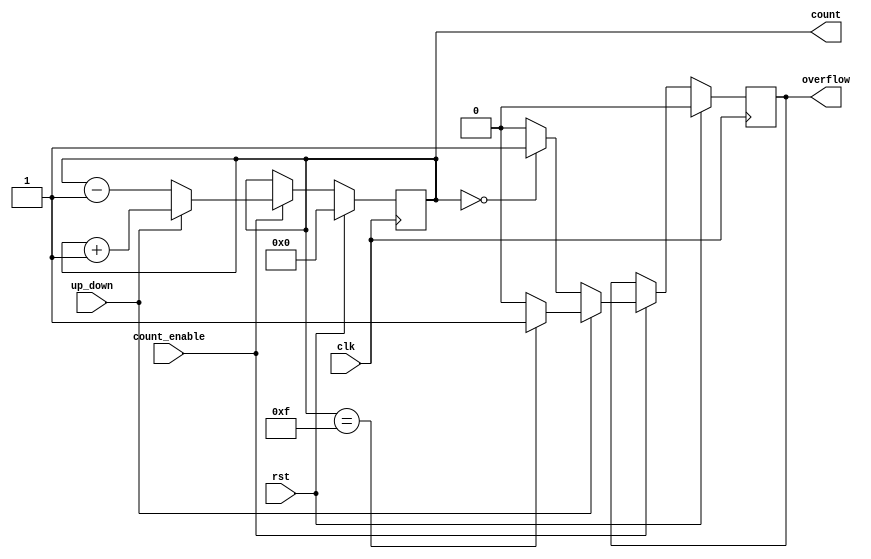
module cascaded_counter #(
    parameter WIDTH = 4  // Width of the counter (number of bits)
)(
    input wire clk,          // Clock input
    input wire rst,          // Synchronous reset
    input wire count_enable, // Count enable signal
    input wire up_down,      // Up/Down control signal (1 for up, 0 for down)
    output reg [WIDTH-1:0] count, // Current count value
    output reg overflow      // Overflow flag
);

    // Internal signal to hold next count value
    reg [WIDTH-1:0] next_count;

    // Synchronous reset and counting logic
    always @(posedge clk) begin
        if (rst) begin
            count <= 0;       // Reset count to zero
            overflow <= 0;    // Clear overflow flag
        end else if (count_enable) begin
            // Determine next count value based on up_down signal
            if (up_down) begin
                next_count = count + 1; // Count up
                // Check for overflow
                if (count == {WIDTH{1'b1}}) begin
                    overflow <= 1; // Set overflow if max value reached
                end else begin
                    overflow <= 0; // Clear overflow flag
                end
            end else begin
                next_count = count - 1; // Count down
                // Check for underflow (if counting down from zero)
                if (count == 0) begin
                    overflow <= 1; // Set overflow if min value reached
                end else begin
                    overflow <= 0; // Clear overflow flag
                end
            end
            count <= next_count; // Update count
        end
    end

endmodule